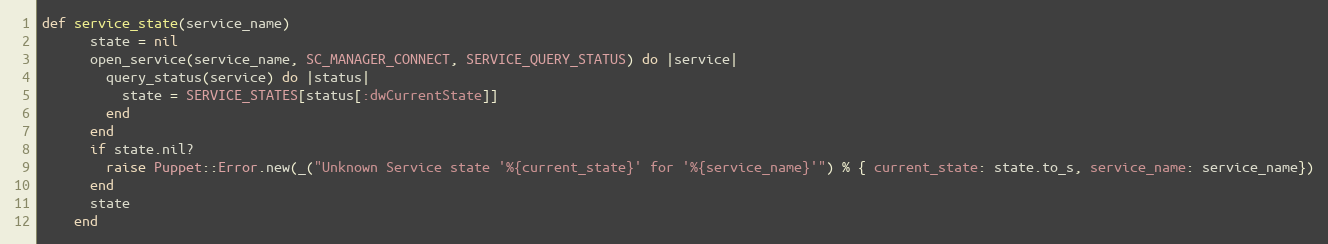
Language: Ruby
def service_state(service_name)
      state = nil
      open_service(service_name, SC_MANAGER_CONNECT, SERVICE_QUERY_STATUS) do |service|
        query_status(service) do |status|
          state = SERVICE_STATES[status[:dwCurrentState]]
        end
      end
      if state.nil?
        raise Puppet::Error.new(_("Unknown Service state '%{current_state}' for '%{service_name}'") % { current_state: state.to_s, service_name: service_name})
      end
      state
    end